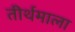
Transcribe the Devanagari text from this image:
तीर्थमाला